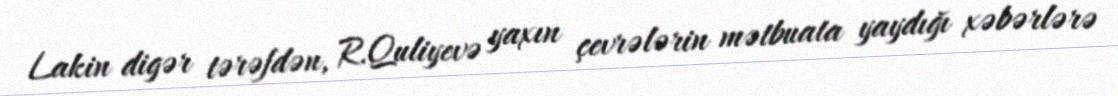
Lakin digər tərəfdən, R.Quliyevə yaxın çevrələrin mətbuata yaydığı xəbərlərə